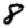
Digit: 8